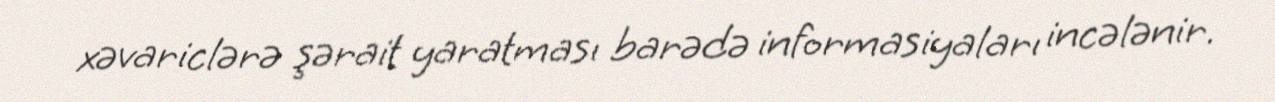
xəvariclərə şərait yaratması barədə informasiyaları incələnir.